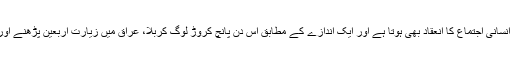
اربعین کے دن دنیا کے سب سے بڑے انسانی اجتماع کا انعقاد بھی ہوتا ہے اور ایک اندازے کے مطابق اس دن پانچ کروڑ لوگ کربلا، عراق میں زیارت اربعین پڑھنے اور یاد شہداء میں ماتم کرنے پہنچتے ہیں۔